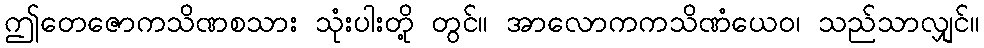
ဤတေဇောကသိဏစသား သုံးပါးတို့ တွင်။ အာလောကကသိဏံယေဝ၊ သည်သာလျှင်။